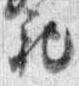
記